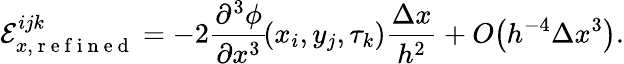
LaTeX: \mathcal{E}_{x,\mathrm{~r~e~f~i~n~e~d~}}^{ijk}=-2\frac{\partial^{3}\phi}{\partial x^{3}}\! \left(x_{i},y_{j},\tau_{k}\right)\frac{\Delta x}{h^{2}}+O\! \left(h^{-4}\Delta x^{3}\right).